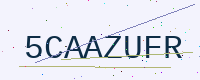
Text: 5CAAZUFR